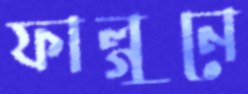
ফাল্গুনে